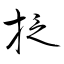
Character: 抸